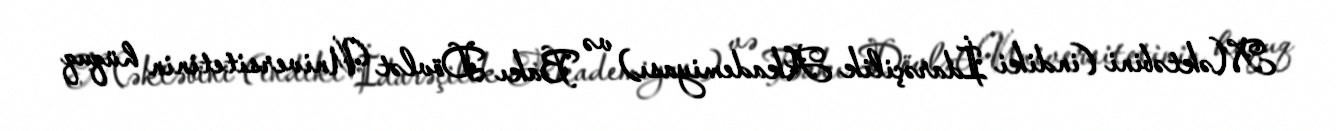
Məktəbini (indiki İdarəçilik Akademiyası) və Bakı Dövlət Universitetinin hüquq